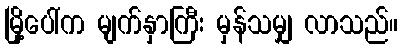
မြို့ပေါ်က မျက်နှာကြီး မှန်သမျှ လာသည်။